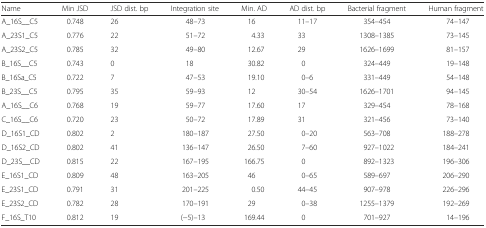
<table><thead><tr><td><b>Name</b></td><td><b>Min JSD</b></td><td><b>JSD dist. bp</b></td><td><b>Integration site</b></td><td><b>Min. AD</b></td><td><b>AD dist. bp</b></td><td><b>Bacterial fragment</b></td><td><b>Human fragment</b></td></tr></thead><tbody><tr><td>A_16S__C5</td><td>0.748</td><td>26</td><td>48–73</td><td>16</td><td>11–17</td><td>354–454</td><td>74–147</td></tr><tr><td>A_23S1_C5</td><td>0.776</td><td>22</td><td>51–72</td><td>4.33</td><td>33</td><td>1308–1385</td><td>73–145</td></tr><tr><td>A_23S2_C5</td><td>0.785</td><td>32</td><td>49–80</td><td>12.67</td><td>29</td><td>1626–1699</td><td>81–157</td></tr><tr><td>B_16S__C5</td><td>0.743</td><td>0</td><td>18</td><td>30.82</td><td>0</td><td>324–449</td><td>19–148</td></tr><tr><td>B_16Sa_C5</td><td>0.722</td><td>7</td><td>47–53</td><td>19.10</td><td>0–6</td><td>331–449</td><td>54–148</td></tr><tr><td>B_23S__C5</td><td>0.795</td><td>35</td><td>59–93</td><td>12</td><td>30–54</td><td>1626–1701</td><td>94–145</td></tr><tr><td>A_16S__C6</td><td>0.768</td><td>19</td><td>59–77</td><td>17.60</td><td>17</td><td>329–454</td><td>78–168</td></tr><tr><td>C_16S__C6</td><td>0.720</td><td>23</td><td>50–72</td><td>17.89</td><td>31</td><td>321–456</td><td>73–140</td></tr><tr><td>D_16S1_CD</td><td>0.802</td><td>2</td><td>180–187</td><td>27.50</td><td>0–20</td><td>563–708</td><td>188–278</td></tr><tr><td>D_16S2_CD</td><td>0.802</td><td>41</td><td>136–147</td><td>26.50</td><td>7–60</td><td>927–1022</td><td>184–241</td></tr><tr><td>D_23S__CD</td><td>0.815</td><td>22</td><td>167–195</td><td>166.75</td><td>0</td><td>892–1323</td><td>196–306</td></tr><tr><td>E_16S1_CD</td><td>0.809</td><td>48</td><td>163–205</td><td>46</td><td>0–65</td><td>589–697</td><td>206–290</td></tr><tr><td>E_23S1_CD</td><td>0.791</td><td>31</td><td>201–225</td><td>0.50</td><td>44–45</td><td>907–978</td><td>226–296</td></tr><tr><td>E_23S2_CD</td><td>0.782</td><td>28</td><td>170–191</td><td>29</td><td>0–38</td><td>1255–1379</td><td>192–269</td></tr><tr><td>F_16S_T10</td><td>0.812</td><td>19</td><td>(−5)–13</td><td>169.44</td><td>0</td><td>701–927</td><td>14–196</td></tr></tbody></table>